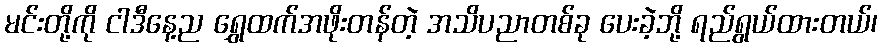
မင်းတို့ကို ငါဒီနေ့ည ရွှေထက်အဖိုးတန်တဲ့ အသိပညာတစ်ခု ပေးခဲ့ဘို့ ရည်ရွယ်ထားတယ်၊